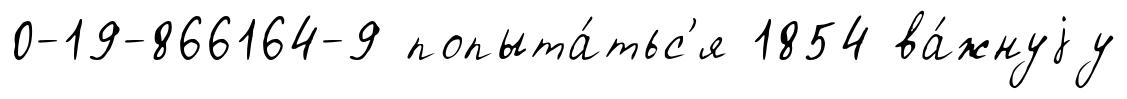
0-19-866164-9 попыта́тьс'я 1854 ва́жнуjу